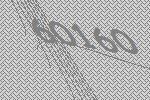
60160